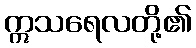
ဣသရေလတို့၏